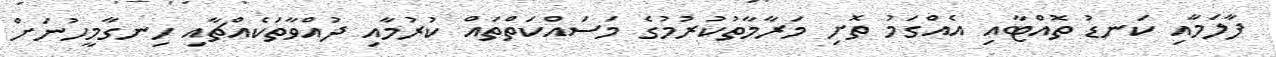
ފާލަމާއި ކަނޑު ތޮއްޓާއި އެއްގަމު ތޮށި މަރާމާތުކުރުމުގެ މަސައްކަތްތައް ކުރުމާއި ދުއްވާތަކެއްޗާއި ހިނގާމީހުނަށް